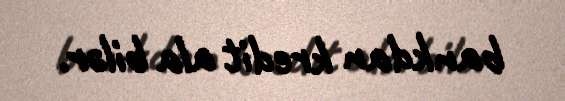
bankdan kredit ala bilər.